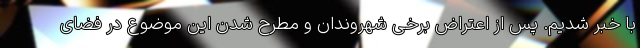
با خبر شدیم. پس از اعتراض برخی شهروندان و مطرح شدن این موضوع در فضای